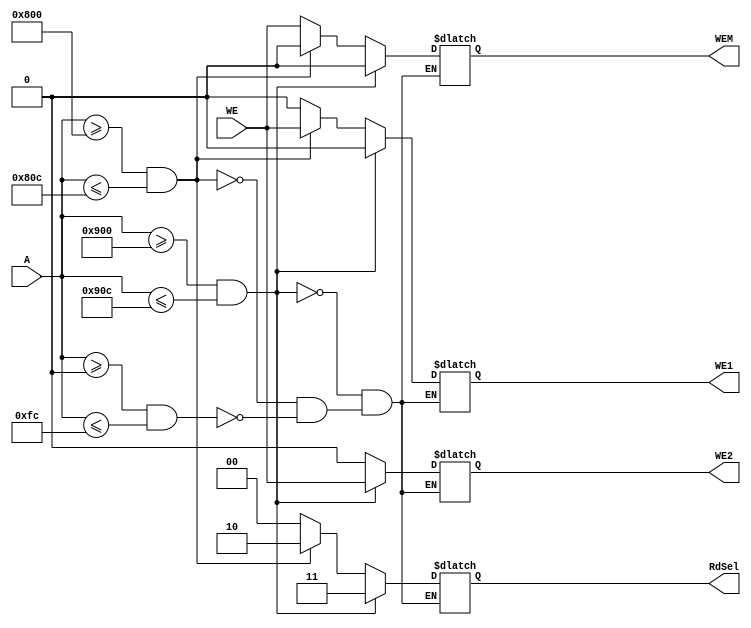
`timescale 1ns / 1ps
//////////////////////////////////////////////////////////////////////////////////
// Company: 
// Engineer: 
// 
// Design Name: 
// Module Name: SoC_ad
// Project Name: 
// Target Devices: 
// Tool Versions: 
// Description: 
// 
// Dependencies: 
// 
// Revision:
// Revision 0.01 - File Created
// Additional Comments:
// 
//////////////////////////////////////////////////////////////////////////////////


module SoC_ad(
    input  wire [31:0] A,
    input  wire WE,
    output reg WE1, 
    output reg WE2,
    output reg WEM, 
    output reg [1:0] RdSel 
    );
    
    always @ (*)
    begin
    if(A >= 32'h0 && A <= 32'hfc)
    begin
        WE1 = 1'b0; 
        WE2 = 1'b0;
        WEM = WE;
        RdSel = 2'b00;
    end      
    if(A >= 32'h800 && A <= 32'h80c)
    begin
        WE1 = WE;
        WE2 = 1'b0; 
        WEM = 1'b0;
        RdSel = 2'b10;
    end
    if(A >= 32'h900 && A <= 32'h90c)
    begin
        WE1 = 1'b0;
        WE2 = WE;
        WEM = 1'b0;
        RdSel = 2'b11;
    end       
    //        else
    //        begin
    //            WE1 = 1'b0;
    //            WE2 = 1'b0;
    //            WEM = 1'b0;
    //            RdSel = 2'bxx;
    //        end
    end
endmodule